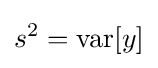
s^{2}={\text{var}}[y]